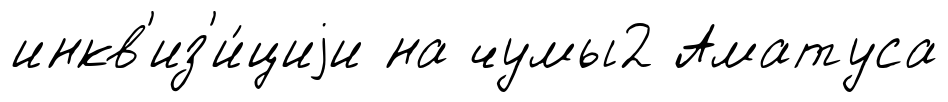
инкв'из'и́циjи на чумы2 Аматуса